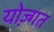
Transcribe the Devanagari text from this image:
योज़्गत